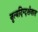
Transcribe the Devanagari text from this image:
नृत्यदिग्दर्शनात